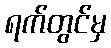
ရက်တွင်မှ